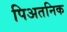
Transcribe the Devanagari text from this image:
पिअतनिक